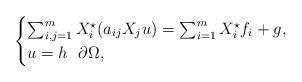
LaTeX: \begin{align*}\begin{cases}\sum_{i,j=1}^m X_i^\star(a_{ij} X_j u) = \sum_{i=1}^m X_i^\star f_i + g,\\u=h\ \ \partial \Omega,\end{cases}\end{align*}